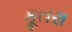
કૂતરા